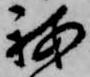
我